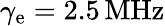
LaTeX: \gamma_{\textrm{e}}=2.5\, \textrm{MHz}